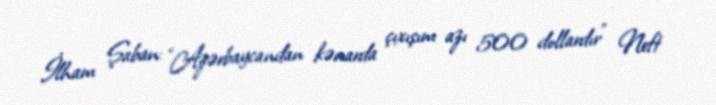
İlham Şaban: “Azərbaycandan kənarda çıxışım azı 500 dollardır” Neft